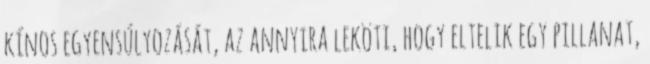
kínos egyensúlyozását, az annyira leköti, hogy eltelik egy pillanat,